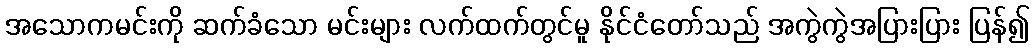
အသောကမင်းကို ဆက်ခံသော မင်းများ လက်ထက်တွင်မူ နိုင်ငံတော်သည် အကွဲကွဲအပြားပြား ပြန်၍